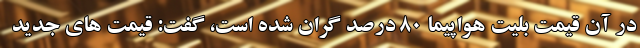
در آن قیمت بلیت هواپیما ٨٠ درصد گران شده است، گفت: قیمت های جدید